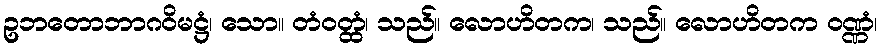
ဥဘတောဘာဂဝိမဋ္ဌံ၊ သော။ တံဝတ္ထံ၊ သည်။ လောဟိတက၊ သည်။ လောဟိတက ဝဏ္ဏံ၊